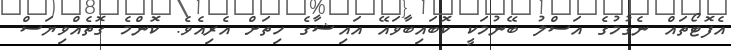
އެފޮޓޯތައް ނެގުމުގެ އަސްލު ބޭނުމަކީ ކޮބައިބާވައޭ އައިޝާގެ ހިތަށް އެރިއެވެ. ކޮންމެ ގޮތެއްވިޔަސް